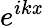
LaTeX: e^{ik\mathit{x}}